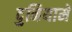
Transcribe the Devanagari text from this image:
दुनियामें